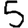
Digit: 5